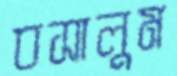
বসালুম